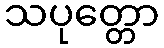
သပုတ္တော